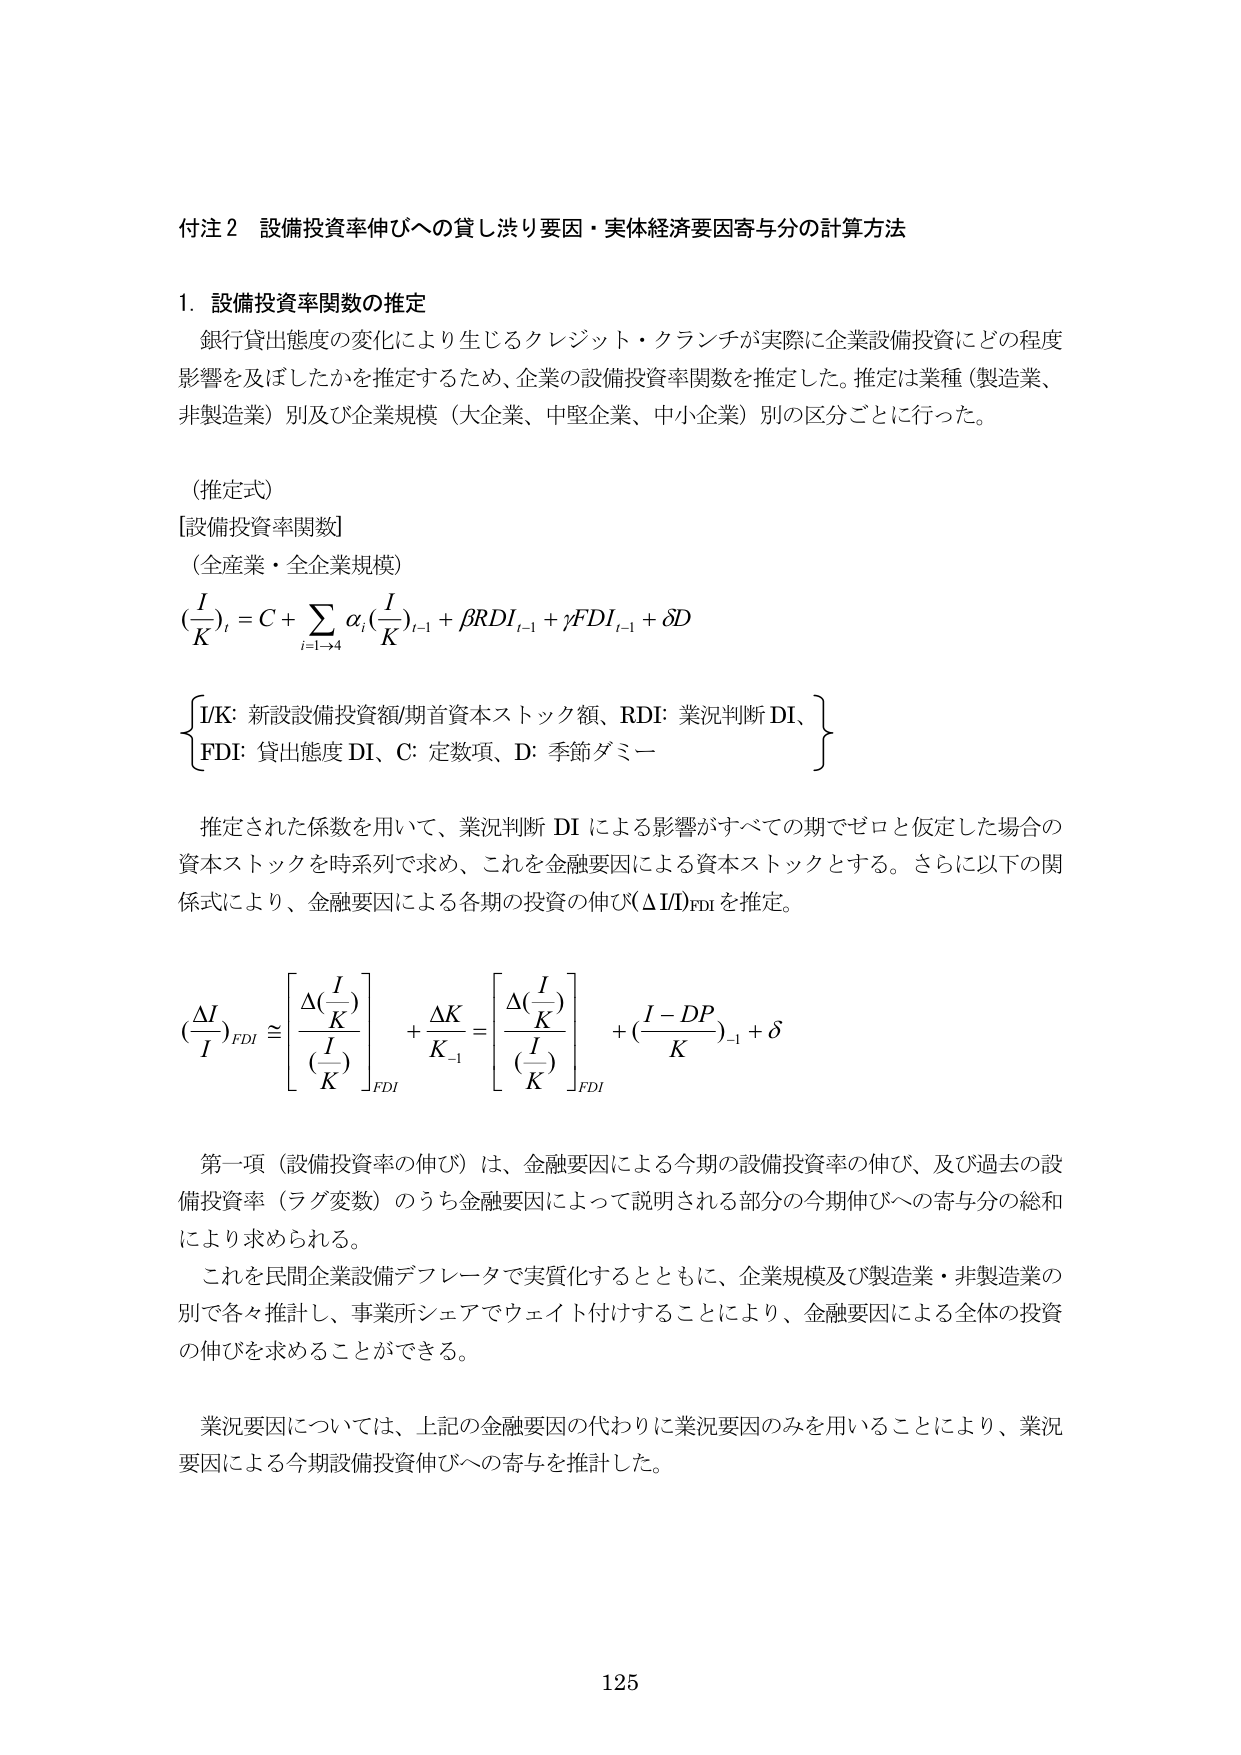
付注２ 設備投資率伸びへの貸し渋り要因・実体経済要因寄与分の計算方法

１．設備投資率関数の推定
銀行貸出態度の変化により生じるクレジット・クランチが実際に企業設備投資にどの程度
影響を及ぼしたかを推定するため、企業の設備投資率関数を推定した。推定は業種（製造業、
非製造業）別及び企業規模（大企業、中堅企業、中小企業）別の区分ごとに行った。

（推定式）
[設備投資率関数]
（全産業・全企業規模）
( I/K )_t = C + Σ_{i=1→4} α_i ( I/K )_{t-1} + β RDI_{t-1} + γ FDI_{t-1} + δ D

{ I/K: 新設設備投資額/期首資本ストック額、RDI: 業況判断 DI、
  FDI: 貸出態度 DI、C: 定数項、D: 季節ダミー }

推定された係数を用いて、業況判断 DI による影響がすべての期でゼロと仮定した場合の
資本ストックを時系列で求め、これを金融要因による資本ストックとする。さらに以下の関
係式により、金融要因による各期の投資の伸び(ΔI/I)_FDI を推定。

( ΔI/I )_FDI ≅ [ Δ(I/K) / (I/K) ]_FDI + (ΔK / K_{-1}) = [ Δ(I/K) / (I/K) ]_FDI + ( (I - DP) / K )_{-1} + δ

第一項（設備投資率の伸び）は、金融要因による今期の設備投資率の伸び、及び過去の設
備投資率（ラグ変数）のうち金融要因によって説明される部分の今期伸びへの寄与分の総和
により求められる。
これを民間企業設備デフレータで実質化するとともに、企業規模及び製造業・非製造業の
別で各々推計し、事業所シェアでウェイト付けすることにより、金融要因による全体の投資
の伸びを求めることができる。

業況要因については、上記の金融要因の代わりに業況要因のみを用いることにより、業況
要因による今期設備投資伸びへの寄与を推計した。

125